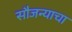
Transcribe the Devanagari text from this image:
सौजन्याचा